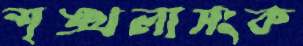
শৃঙ্খলাসংক